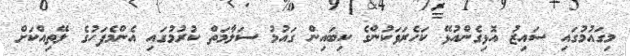
މިގައުމުގައި ސައިޒު އޮޅިގެންއުޅޭ ކަހެރަވަކުންގެ ކިބައިން ގައުމު ސަލާމަތް ކުރުމުގައި އެންމެފަހުގެ ލޭތިއްކަށް